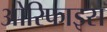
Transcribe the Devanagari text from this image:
ओरिफाइस